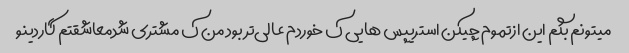
میتونم بگم این ازتموم چیکن استریپس هایی ک خوردم عالی‌تر بود من ک مشتری شدمعاشقتم گاردینو